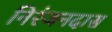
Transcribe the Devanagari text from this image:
निरंजनदास